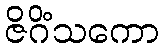
ဇိဂိံသကော